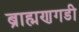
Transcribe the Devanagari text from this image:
ब्राह्मणगडी